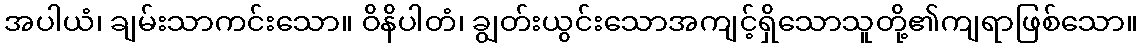
အပါယံ၊ ချမ်းသာကင်းသော။ ဝိနိပါတံ၊ ချွတ်းယွင်းသောအကျင့်ရှိသောသူတို့၏ကျရာဖြစ်သော။